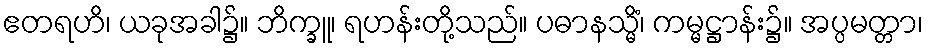
ဧတရဟိ၊ ယခုအခါ၌။ ဘိက္ခူ၊ ရဟန်းတို့သည်။ ပဓာနသ္မိံ၊ ကမ္မဋ္ဌာန်း၌။ အပ္ပမတ္တာ၊